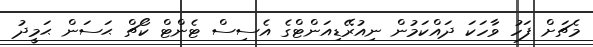
މެޗަށް ފަހު ވާހަކަ ދައްކަމުން ނިއުރޭޑިއަންޓްގެ އެސިސް ޓެންޓް ކޯޗް ޙަސަން ޙަމީދު